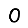
Digit: 0